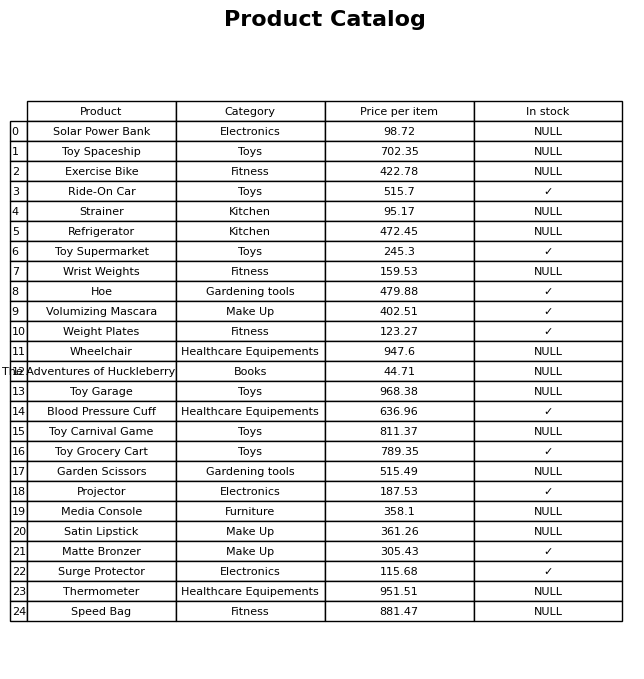
question: What is the price for Matte Bronzer?
answer: The price of Matte Bronzer is 305.43.